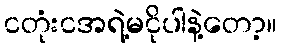
ငတုံးငအရဲ့မငိုပါနဲ့တော့။